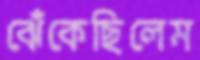
ঝেঁকেছিলেম